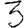
Digit: 3